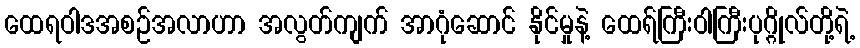
ထေရဝါဒအစဉ်အလာဟာ အလွတ်ကျက် အာဂုံဆောင် နိုင်မှုနဲ့ ထေရ်ကြီးဝါကြီးပုဂ္ဂိုလ်တို့ရဲ့